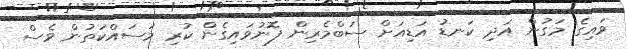
ވައިގެ މަގުން އަދި ކަނޑު އަޑިއަށް ސަބްމެރިން ފޮނުވައިގެން ކުރި މަސައްކަތުން ވެސް